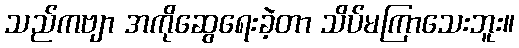
သည်ကဗျာ အကိုဆွေရေးခဲ့တာ သိပ်မကြာသေးဘူး။